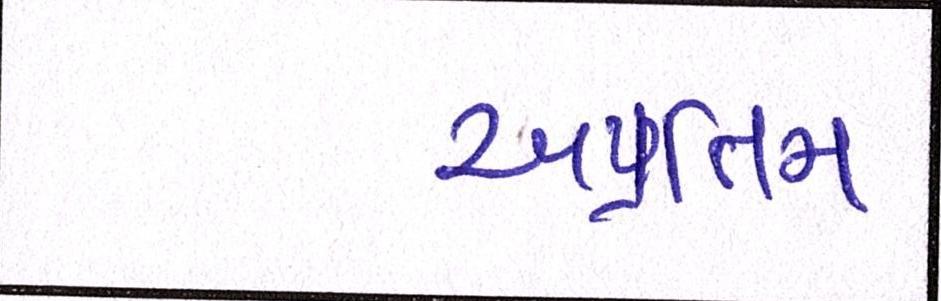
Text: અપ્રતિમ